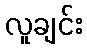
လူချင်း